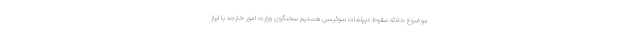
موضوع حادثه سقوط دیپلمات سوئیسی هستیم سخنگوی وزارت امور خارجه با ابراز